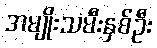
အမျိုးသမီးနှစ်ဦး